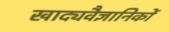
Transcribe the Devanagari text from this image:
खाद्यवैज्ञानिकों